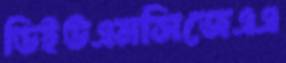
ডিইউএমসিজেএএ